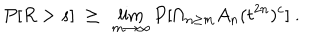
P [ R > s ] \ \ge \ \lim _ { m \to \infty } P [ \cap _ { n \ge m } A _ { n } ( t ^ { 2 n } ) ^ { c } ] \ .